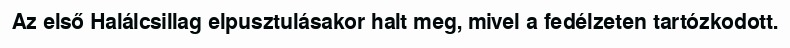
Az első Halálcsillag elpusztulásakor halt meg, mivel a fedélzeten tartózkodott.